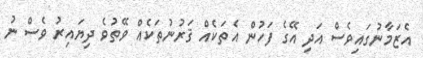
އެޒަމާނުގައިވެސް އަދި އޭގެ ފަހުން އެތަކެއް ޤަރުނުތަކެއް ވޭތުވެ ދިޔައިރު ވެސް ނު